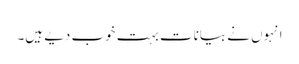
انہوں نے بیانات بہت خوب دیے ہیں۔